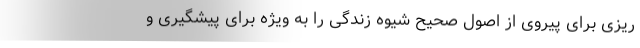
ریزی برای پیروی از اصول صحیح شیوه زندگی را به ویژه برای پیشگیری و